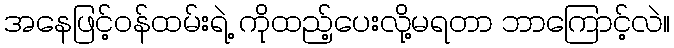
အနေဖြင့်ဝန်ထမ်းရဲ့ ကိုထည့်ပေးလို့မရတာ ဘာကြောင့်လဲ။